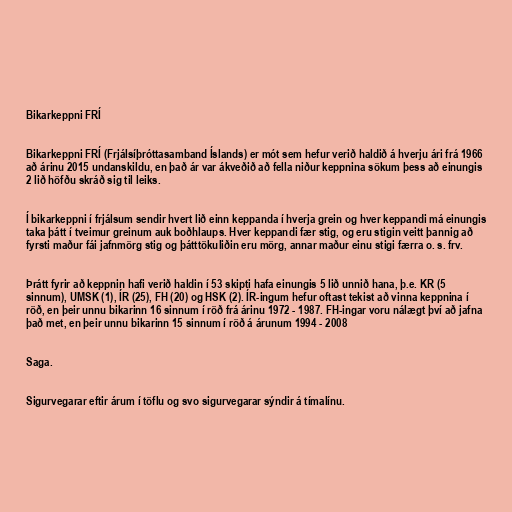
Bikarkeppni FRÍ

Bikarkeppni FRÍ (Frjálsíþróttasamband Íslands) er mót sem hefur verið haldið á hverju ári frá 1966
að árinu 2015 undanskildu, en það ár var ákveðið að fella niður keppnina sökum þess að einungis
2 lið höfðu skráð sig til leiks.

Í bikarkeppni í frjálsum sendir hvert lið einn keppanda í hverja grein og hver keppandi má einungis
taka þátt í tveimur greinum auk boðhlaups. Hver keppandi fær stig, og eru stigin veitt þannig að
fyrsti maður fái jafnmörg stig og þátttökuliðin eru mörg, annar maður einu stigi færra o. s. frv.

Þrátt fyrir að keppnin hafi verið haldin í 53 skipti hafa einungis 5 lið unnið hana, þ.e. KR (5
sinnum), UMSK (1), ÍR (25), FH (20) og HSK (2). ÍR-ingum hefur oftast tekist að vinna keppnina í
röð, en þeir unnu bikarinn 16 sinnum í röð frá árinu 1972 - 1987. FH-ingar voru nálægt því að jafna
það met, en þeir unnu bikarinn 15 sinnum í röð á árunum 1994 - 2008

Saga.

Sigurvegarar eftir árum í töflu og svo sigurvegarar sýndir á tímalínu.